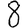
Digit: 8